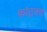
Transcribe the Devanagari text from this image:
कांट्रक्ट